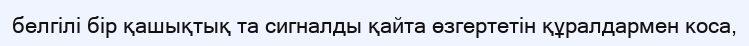
белгілі бір қашықтық та сигналды қайта өзгертетін құралдармен коса,